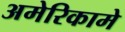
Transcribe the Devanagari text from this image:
अमेरिकामे